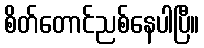
စိတ်တောင်ညစ်နေပါပြီ။